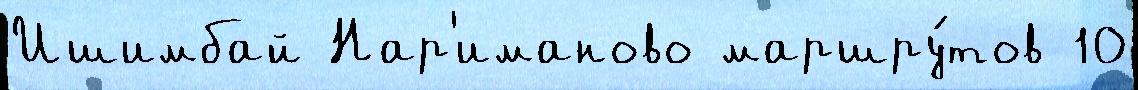
Ишимбай Нар'иманово маршру́тов 10